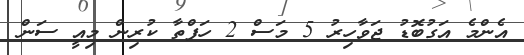
އެންމެ އަގުބޮޑު ޖަވާހިރު 5 މަސް 2 ހަފްތާ ކުރިން މިއީ ސަން